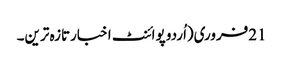
21فروری(اُردو پوائنٹ اخبارتازہ ترین۔